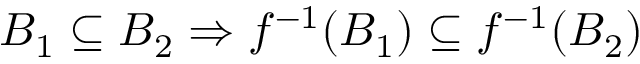
B _ { 1 } \subseteq B _ { 2 } \Rightarrow f ^ { - 1 } ( B _ { 1 } ) \subseteq f ^ { - 1 } ( B _ { 2 } )